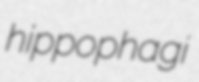
hippophagi